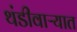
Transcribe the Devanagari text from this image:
थंडीवाऱ्यात